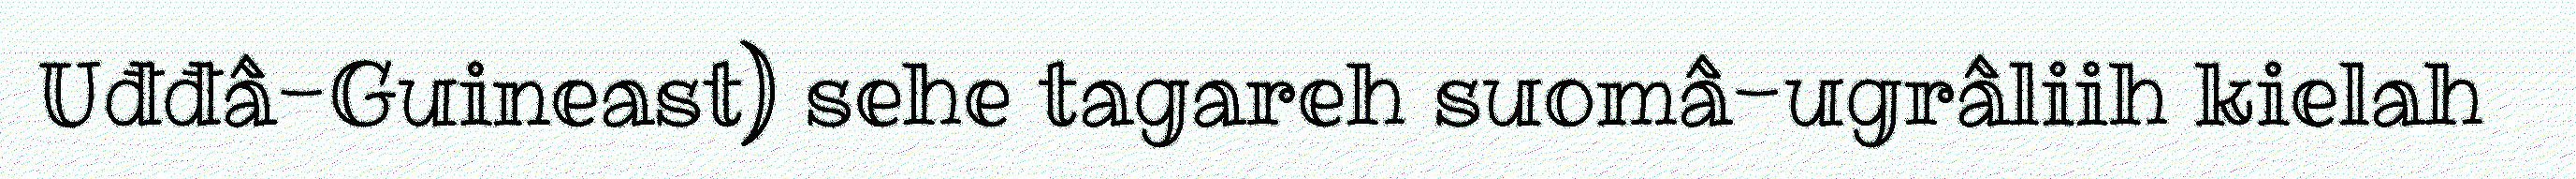
Uđđâ-Guineast) sehe tagareh suomâ-ugrâliih kielah